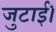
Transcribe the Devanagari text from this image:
जुटाईं।